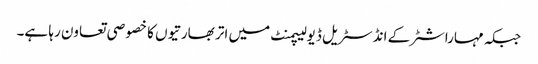
جبکہ مہاراشٹرکے انڈسٹریل ڈیولیپمنٹ میں اتر بھارتیوں کا خصو صی تعاون رہا ہے۔